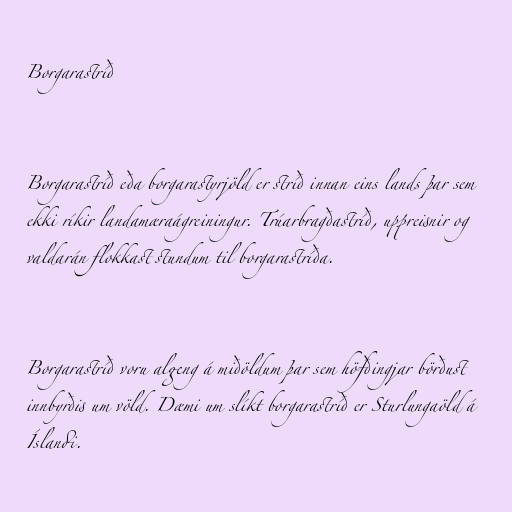
Borgarastríð

Borgarastríð eða borgarastyrjöld er stríð innan eins lands þar sem
ekki ríkir landamæraágreiningur. Trúarbragðastríð, uppreisnir og
valdarán flokkast stundum til borgarastríða.

Borgarastríð voru algeng á miðöldum þar sem höfðingjar börðust
innbyrðis um völd. Dæmi um slíkt borgarastríð er Sturlungaöld á
Íslandi.